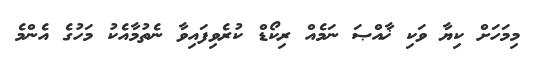
މިމަަހަށް ކިޔާ ވަކި ޚާއްޞަ ނަމެއް ރިކޯޑް ކުރެވިފައިވާ ނެތުމާއެކު މަހުގެ އެންމެ